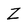
Character: z